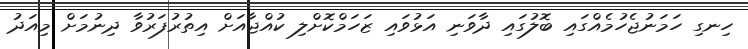
ހިނގި ހަމަނުޖެހުމެއްގައި ބޮލުގައި ދާވަނި އަޅުވައި ޒަހަމްކޮށްލި ކުއްޖާއަށް އިތުރުފަރުވާ ދިނުމަށް މިއަދު